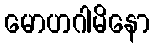
မောဟဂါမိနော